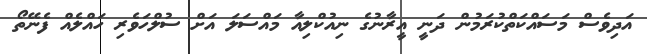
އަދިވެސް މަސައްކަތްކުރަމުން ދަނީ އީރާނުގެ ނިއުކްލިއާ މައްސަލަ އަށް ސުލްހަވެރި ހައްލެއް ފެނޭތޯ